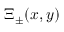
\Xi _ { \pm } ( x , y )